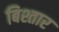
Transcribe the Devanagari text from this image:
बिश्तार